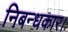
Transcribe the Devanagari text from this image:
निबन्धकार।